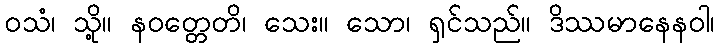
ဝသံ၊ သို့။ နဝတ္တေတိ၊ သေး။ သော၊ ရှင်သည်။ ဒိဿမာနေနဝါ၊